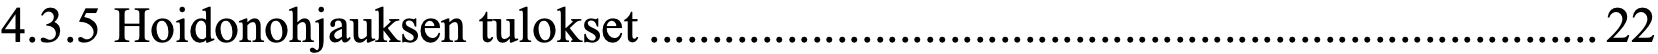
4.3.5 Hoidonohjauksen tulokset ............................................................................ 22